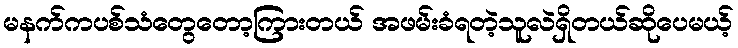
မနက်ကပစ်သံတွေတော့ကြားတယ် အဖမ်းခံရတဲ့သူလဲရှိတယ်ဆိုပေမယ့်